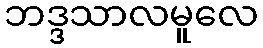
ဘဒ္ဒသာလမူလေ